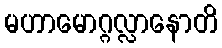
မဟာမောဂ္ဂလ္လာနောတိ